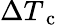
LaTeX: \Delta T_{\mathrm{~c~}}